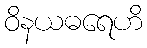
ဝိနယဓရေဟိ